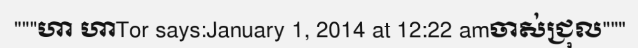
"""ហា ហាTor says:January 1, 2014 at 12:22 amចាស់ជ្រុល"""